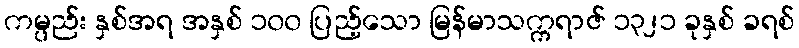
ကမ္ပည်း နှစ်အရ အနှစ် ၁၀၀ ပြည့်သော မြန်မာသက္ကရာဇ် ၁၃၂၁ ခုနှစ် ခရစ်